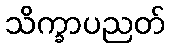
သိက္ခာပညတ်